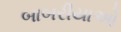
બાબરીયાઓ